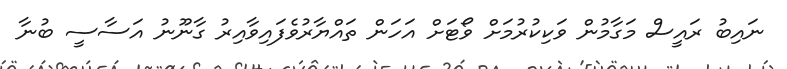
ނައިބު ރައީސް މަގާމުން ވަކިކުރުމަށް ވޯޓަށް އަހަން ތައްޔާރުވެފައިވާއިރު ގާނޫނު އަސާސީ ބުނާ